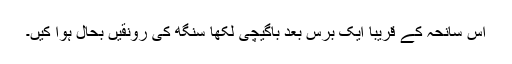
اس سانحہ کے قریباً ایک برس بعد باگیچی لکھا سنگھ کی رونقیں بحال ہوا کیں۔